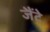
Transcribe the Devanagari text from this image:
जैंटे